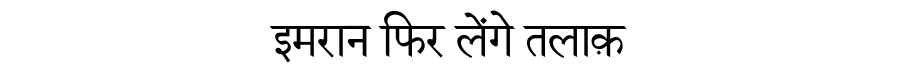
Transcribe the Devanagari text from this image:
इमरान फिर लेंगे तलाक़